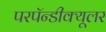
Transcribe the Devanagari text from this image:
परपॅन्डीक्यूलर